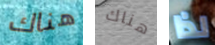
هناك هناك لذا